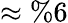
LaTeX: \approx\% 6